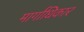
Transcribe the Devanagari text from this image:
मार्गाधिकार